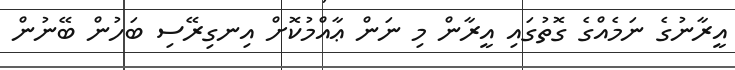
އީރާނުގެ ނަމެއްގެ ގޮތުގައި އީރާން މި ނަން ޢާއްމުކޮށް އިނގިރޭސި ބަހުން ބޭނުން